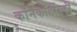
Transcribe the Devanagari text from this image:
कॉनकॉर्डीस्की